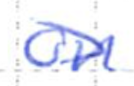
Text: on
Cross-out: mix
Writing tool: ballpoint